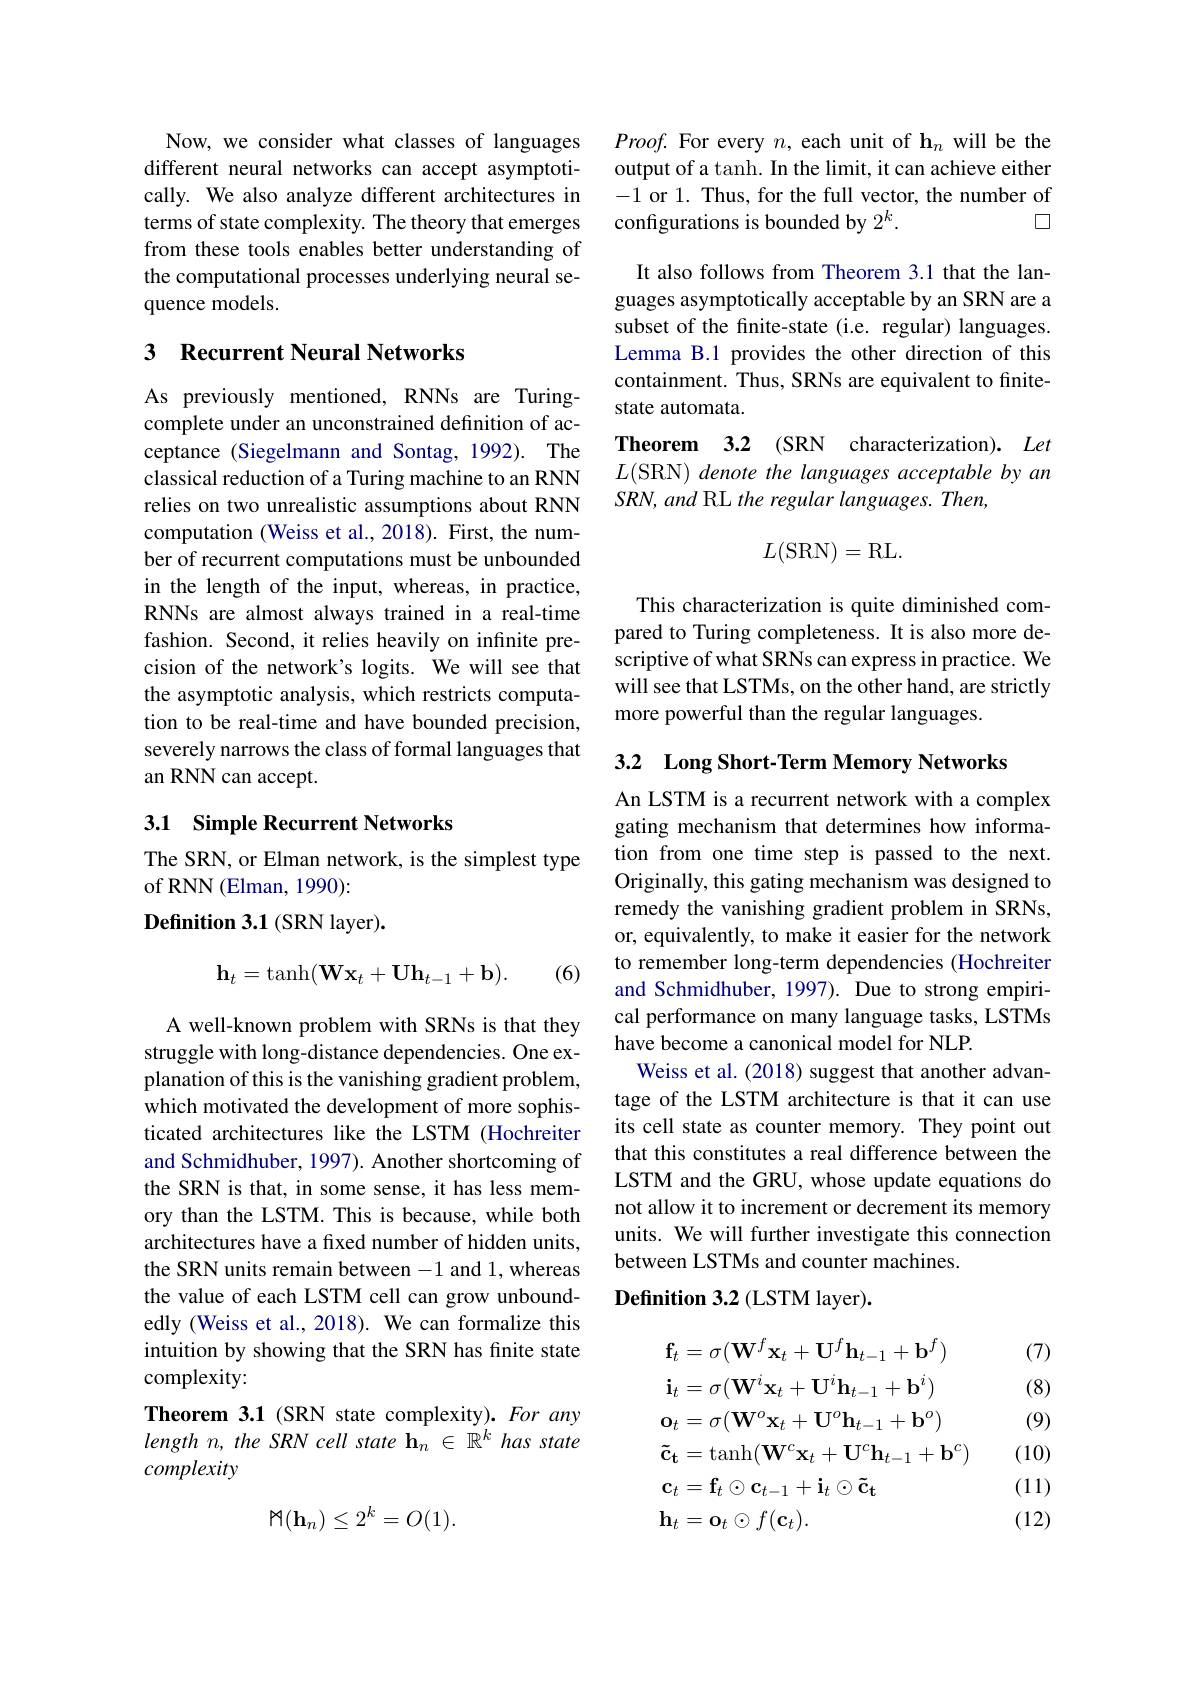
Now, we consider what classes of languages different neural networks can accept asymptotically. We also analyze different architectures in terms of state complexity. The theory that emerges from these tools enables better understanding of the computational processes underlying neural sequence models.

## 3 Recurrent Neural Networks

As previously mentioned, RNNs are Turingcomplete under an unconstrained definition of acceptance (Siegelmann and Sontag, 1992). The classical reduction of a Turing machine to an RNN relies on two unrealistic assumptions about RNN computation (Weiss et al., 2018). First, the number of recurrent computations must be unbounded in the length of the input, whereas, in practice, RNNs are almost always trained in a real-time fashion. Second, it relies heavily on infinite precision of the network's logits. We will see that the asymptotic analysis, which restricts computation to be real-time and have bounded precision, severely narrows the class of formal languages that an RNN can accept.

### 3.1 Simple Recurrent Networks

The SRN, or Elman network, is the simplest type
of RNN (Elman, 1990):
Definition 3.1 (SRN layer).
$$\mathbf{h}_t=\tanh(\mathbf{W}\mathbf{x}_t+\mathbf{U}\mathbf{h}_{t-1}+\mathbf{b}).$$
(6)

A well-known problem with SRNs is that they struggle with long-distance dependencies. One explanation of this is the vanishing gradient problem, which motivated the development of more sophisticated architectures like the LSTM (Hochreiter and Schmidhuber, 1997). Another shortcoming of the SRN is that, in some sense, it has less memory than the LSTM. This is because, while both architectures have a fixed number of hidden units, the SRN units remain between -1 and 1, whereas the value of each LSTM cell can grow unboundedly (Weiss et al., 2018). We can formalize this intuition by showing that the SRN has finite state complexity:
Theorem 3.1 (SRN state complexity). For any length $n$, the SRN cell state h$_n\in\mathbb{R}^k$ has state

complexity
$$\mathbb{M}(\mathbf{h}_n)\leq2^k=O(1).$$
$Proof.$ For every $n$, each unit of $\mathbf{h}_n$ will be the output of a tanh. In the limit, it can achieve either -1 or 1. Thus, for the full vector, the number of configurations is bounded by $2^k.$
□

It also follows from Theorem 3.1 that the languages asymptotically acceptable by an SRN are a subset of the fnite-state (i.e. regular) languages. Lemma B.1 provides the other direction of this containment. Thus, SRNs are equivalent to finitestate automata.

Theorem 3.2 (SRN characterization). Let

$L($SRN) denote the languages acceptable by an
SRN, and RL the regular languages. Then,
$$L(\mathrm{SRN})=\mathrm{RL}.$$
This characterization is quite diminished compared to Turing completeness. It is also more descriptive of what SRNs can express in practice. We will see that LSTMs, on the other hand, are strictly more powerful than the regular languages.

3.2 Long Short-Term Memory Networks

An LSTM is a recurrent network with a complex gating mechanism that determines how information from one time step is passed to the next. Originally, this gating mechanism was designed to remedy the vanishing gradient problem in SRNs, or, equivalently, to make it easier for the network to remember long-term dependencies (Hochreiter and Schmidhuber, 1997). Due to strong empirical performance on many language tasks, LSTMs have become a canonical model for NLP.
Weiss et al. (2018) suggest that another advantage of the LSTM architecture is that it can use its cell state as counter memory. They point out that this constitutes a real difference between the LSTM and the GRU, whose update equations do not allow it to increment or decrement its memory units. We will further investigate this connection between LSTMs and counter machines.
$\textbf{Definition 3. 2 ( LSTM layer) . }$

(7)

(8)

(9)
$$\begin{aligned}&\mathbf{f}_{t}=\sigma(\mathbf{W}^{f}\mathbf{x}_{t}+\mathbf{U}^{f}\mathbf{h}_{t-1}+\mathbf{b}^{f})\\&\mathbf{i}_{t}=\sigma(\mathbf{W}^{i}\mathbf{x}_{t}+\mathbf{U}^{i}\mathbf{h}_{t-1}+\mathbf{b}^{i})\\&\mathbf{o}_{t}=\sigma(\mathbf{W}^{o}\mathbf{x}_{t}+\mathbf{U}^{o}\mathbf{h}_{t-1}+\mathbf{b}^{o})\\&\mathbf{\tilde{c}}_{\mathbf{t}}=\mathrm{tanh}(\mathbf{W}^{c}\mathbf{x}_{t}+\mathbf{U}^{c}\mathbf{h}_{t-1}+\mathbf{b}^{c})\\&\mathbf{c}_{t}=\mathbf{f}_{t}\odot\mathbf{c}_{t-1}+\mathbf{i}_{t}\odot\mathbf{\tilde{c}}_{\mathbf{t}}\\&\mathbf{h}_{t}=\mathbf{o}_{t}\odot f(\mathbf{c}_{t}).\end{aligned}$$
(10)

(11)

(12)